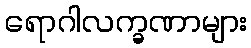
ရောဂါလက္ခဏာများ